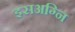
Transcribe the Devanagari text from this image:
इसअग्नि